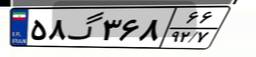
۵۸گ۳۶۸۶۶